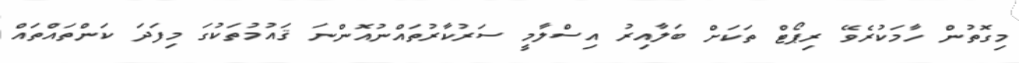
މިގޮތުން ހާމަކުރެވޭ ރިޕޯޓް ތަކަށް ބަލާއިރު އިސްލާމީ ސަރުކާރުތައްނުއޮންނަ ޤައުމުތަކުގަ މިފަދަ ކަންތައްތައް